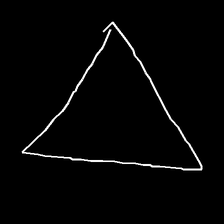
Glyph: convergence